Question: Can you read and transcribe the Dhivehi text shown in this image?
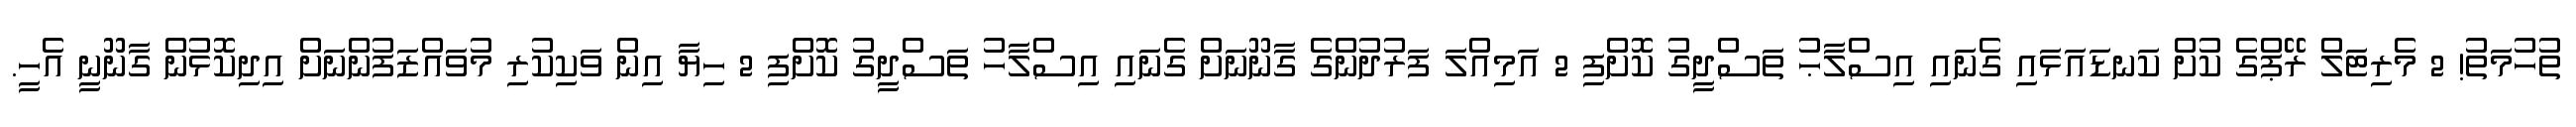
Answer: ތުހުމަތު! 2 މެރިޓަލް ރޭޕްގެ ކުށް ކަނޑައަޅައި ގެނައި އިސްލާޙު ތަސްދީގު ކޮށްފި 2 އަމިއްލަ ފަރުދުންގެ ގާނޫނަށް ގެނައި އިސްލާހު ތަސްދީގު ކޮށްފި 2 ހިޔާ އިން ވަކިކުރި މުވައްޒަފުންނަށް އިދިކޮޅުން ގާނޫނީ އެހީ.